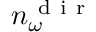
n _ { \omega } ^ { \mathrm { ~ d ~ i ~ r ~ } }